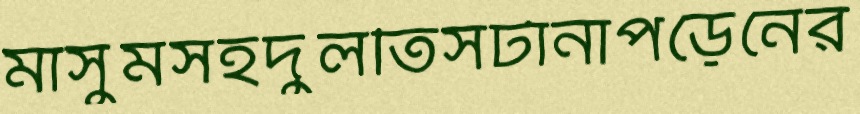
মাসুমসহদুলতিসটানাপড়েনের